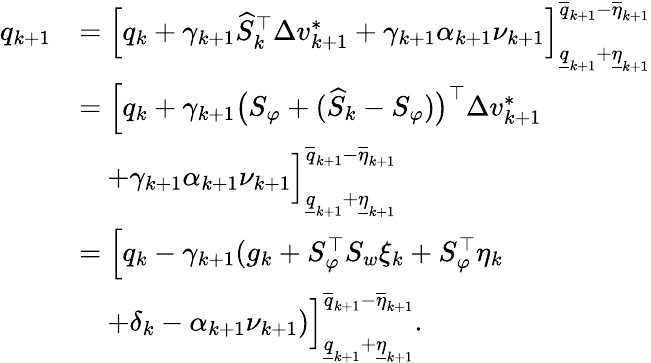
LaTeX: \begin{array}{rl}{q_{k+1}}&{=\Big[q_{k}+\gamma_{k+1}\widehat{S}_{k}^{\top}\Delta v_{k+1}^{*}+\gamma_{k+1}\alpha_{k+1}\nu_{k+1}\Big]_{\underline{{q}}_{k+1}+\underline{{\eta}}_{k+1}}^{\overline{{q}}_{k+1}-\overline{{\eta}}_{k+1}}}\\ &{=\Big[q_{k}+\gamma_{k+1}\big(S_{\varphi}+(\widehat{S}_{k}-S_{\varphi})\big)^{\top}\Delta v_{k+1}^{*}}\\ &{\quad+\gamma_{k+1}\alpha_{k+1}\nu_{k+1}\Big]_{\underline{{q}}_{k+1}+\underline{{\eta}}_{k+1}}^{\overline{{q}}_{k+1}-\overline{{\eta}}_{k+1}}}\\ &{=\Big[q_{k}-\gamma_{k+1}({g_{k}}+S_{\varphi}^{\top}S_{w}{\xi_{k}}+S_{\varphi}^{\top}\eta_{k}}\\ &{\quad+\delta_{k}-\alpha_{k+1}\nu_{k+1})\Big]_{\underline{{q}}_{k+1}+\underline{{\eta}}_{k+1}}^{\overline{{q}}_{k+1}-\overline{{\eta}}_{k+1}}.}\end{array}